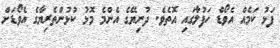
ފަޅު ކަމެއް އެވޯޑް ހަފުލާގައި އޮތެވެ. ދުނިޔޭގެ އެންމެ މޮޅު ކުޅުންތެރިޔާގެ އެވޯޑަށް